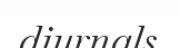
diurnals